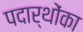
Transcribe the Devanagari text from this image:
पदार्थोंका